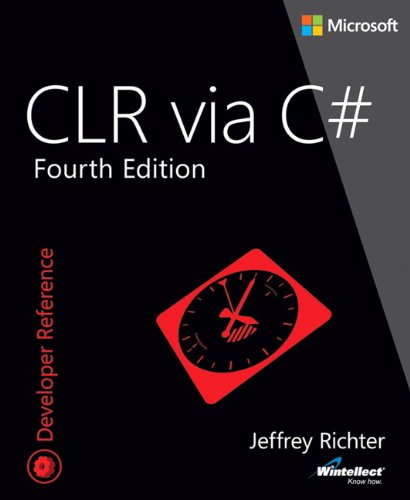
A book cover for CLR via C# (4th Edition) (Developer Reference); Jeffrey Richter; Computers & Technology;